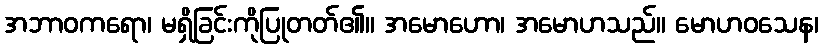
အဘာဝကရော၊ မရှိခြင်းကိုပြုတတ်၏။ အမောဟော၊ အမောဟသည်။ မောဟဝသေန၊